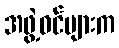
အဖွဲ့ဝင်များက